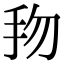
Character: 𢪥